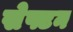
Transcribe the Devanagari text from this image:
सेफ्टन